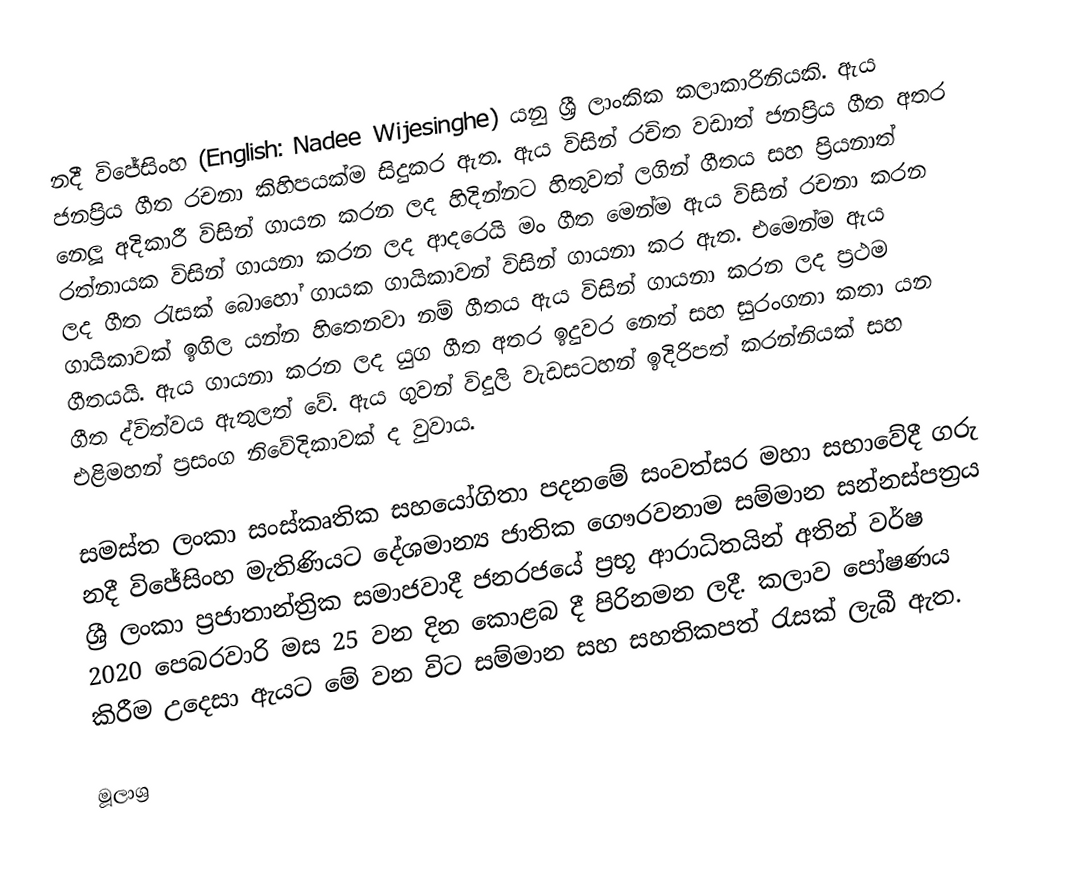
නදී විජේසිංහ (English: Nadee Wijesinghe) යනු ශ්‍රී ලාංකික කලාකාරිනියකි. ඇය ජනප්‍රිය ගීත රචනා කිහිපයක්ම සිදුකර ඇත. ඇය විසින් රචිත වඩාත් ජනප්‍රිය ගීත අතර නෙලූ අදිකාරී විසින් ගායන කරන ලද හිදින්නට හිතුවත් ලගින් ගීතය සහ ප්‍රියනාත් රත්නායක විසින් ගායනා කරන ලද ආදරෙයි මං ගීත මෙන්ම ඇය විසින් රචනා කරන ලද ගීත රැසක් බොහෝ ගායක ගායිකාවන් විසින් ගායනා කර ඇත. එමෙන්ම ඇය ගායිකාවක් ඉගිල යන්න හිතෙනවා නම් ගීතය ඇය විසින් ගායනා කරන ලද ප්‍රථම ගීතයයි. ඇය ගායනා කරන ලද යුග ගීත අතර ඉදුවර නෙත් සහ සුරංගනා කතා යන ගීත ද්විත්වය ඇතුලත් වේ. ඇය ගුවන් විදුලි වැඩසටහන් ඉදිරිපත් කරන්නියක් සහ එළිමහන් ප්‍රසංග නිවේදිකාවක් ද වුවාය.

සමස්ත ලංකා සංස්කෘතික සහයෝගිතා පදනමේ සංවත්සර මහා සභාවේදී ගරු නදී විජේසිංහ මැතිණියට දේශමාන්‍ය ජාතික ගෞරවනාම සම්මාන සන්නස්පත්‍රය ශ්‍රී ලංකා ප්‍රජාතාන්ත්‍රික සමාජවාදී ජනරජයේ ප්‍රභූ ආරාධිතයින් අතින් වර්ෂ 2020 පෙබරවාරි මස 25 වන දින කොළබ දී පිරිනමන ලදී. කලාව පෝෂණය කිරීම උදෙසා ඇයට මේ වන විට සම්මාන සහ සහතිකපත් රැසක් ලැබී ඇත.

මූලාශ්‍ර